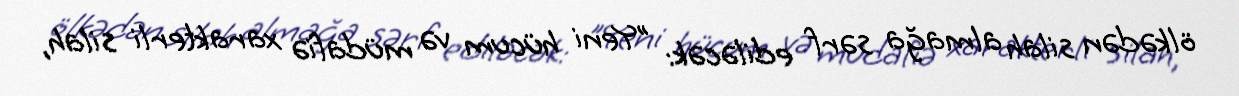
ölkədən silah almağa sərf ediləcək: "Yeni hücum və müdafiə xarakterli silah,